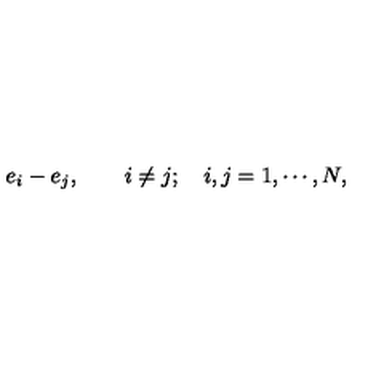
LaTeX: { e _ { i } - e _ { j } , \quad \quad i \neq j ; \quad i , j = 1 , \cdots , N , }